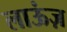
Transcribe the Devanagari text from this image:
लाऊंज़